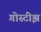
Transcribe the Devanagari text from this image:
गोस्टीझ